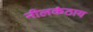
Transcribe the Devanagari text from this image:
नीलकंठाय